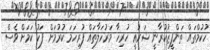
ހުކުމްތައް ތަންފީޒުކުރާނީ ޝަރުޢީ ހުރިހާ މަރުހަލާތައް ފުރިހަމަ ކުރުމަށް ފަހު ކަމަށް ވެސް